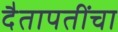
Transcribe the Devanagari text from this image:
दैतापतींचा